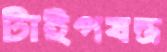
টাইপযন্ত্র